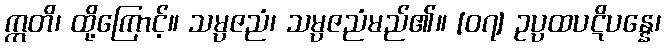
ဣတိ၊ ထို့ကြောင့်။ သမ္ပဇညံ၊ သမ္ပဇညံမည်၏။ [၀၇] ဥပ္ပထပဋိပန္နေ၊